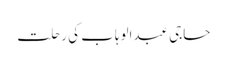
حاجی عبدالوہاب کی رحلت